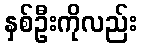
နှစ်ဦးကိုလည်း